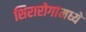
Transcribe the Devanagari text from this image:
शिरारोगांमध्ये